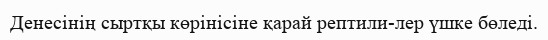
Денесінің сыртқы көрінісіне қарай рептили-лер үшке бөледі.